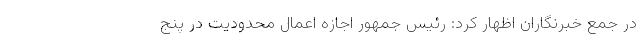
در جمع خبرنگاران اظهار کرد: رئیس جمهور اجازه اعمال محدودیت در پنج